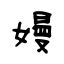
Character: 嫚